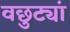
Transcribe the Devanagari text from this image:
वछुट्यां